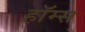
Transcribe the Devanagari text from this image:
हॉम्स